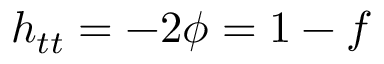
h _ { t t } = - 2 \phi = 1 - f